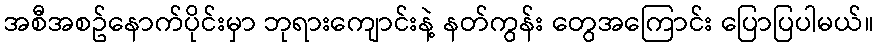
အစီအစဥ်နောက်ပိုင်းမှာ ဘုရားကျောင်းနဲ့ နတ်ကွန်း တွေအကြောင်း ပြောပြပါမယ်။